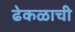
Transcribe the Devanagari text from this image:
ढेकळाची